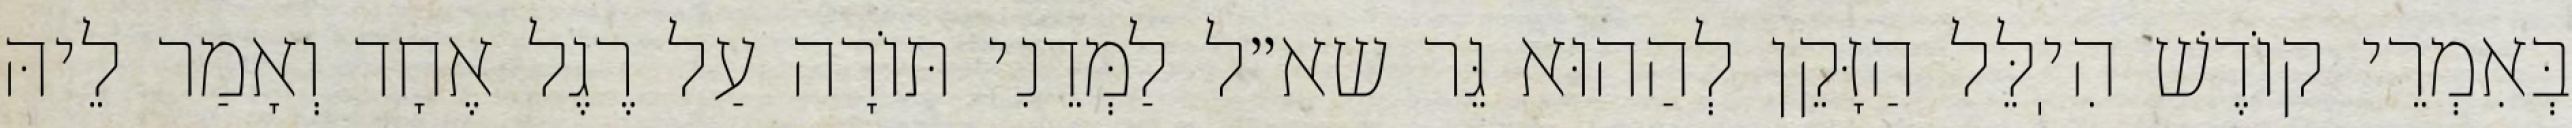
בְּאִמְרֵי קוֹדֶשׁ הִיֽלֵּל הַזָּקֵן לְהַהוּא גֵּר שא״ל לַמְּדֵנִי תּוֹרָה עַל רֶגֶל אֶחָד וְאָמַר לֵיהּ